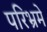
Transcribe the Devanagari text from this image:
परिभ्रमे